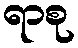
ရာစု